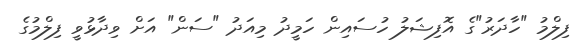
ފިލްމު "ހާދަރު"ގެ އޮފިޝަލު ހުސައިން ހަމީދު މިއަދު "ސަން" އަށް ވިދާޅުވީ ފިލްމުގެ